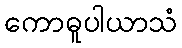
ကောဓူပါယာသံ